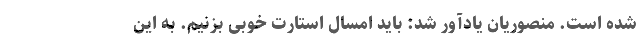
شده است. منصوریان یادآور شد: باید امسال استارت خوبی بزنیم. به این